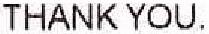
THANK YOU.